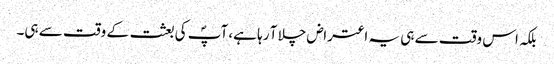
بلکہ اس وقت سے ہی یہ اعتراض چلا آ رہا ہے، آپؐ کی بعثت کے وقت سے ہی۔